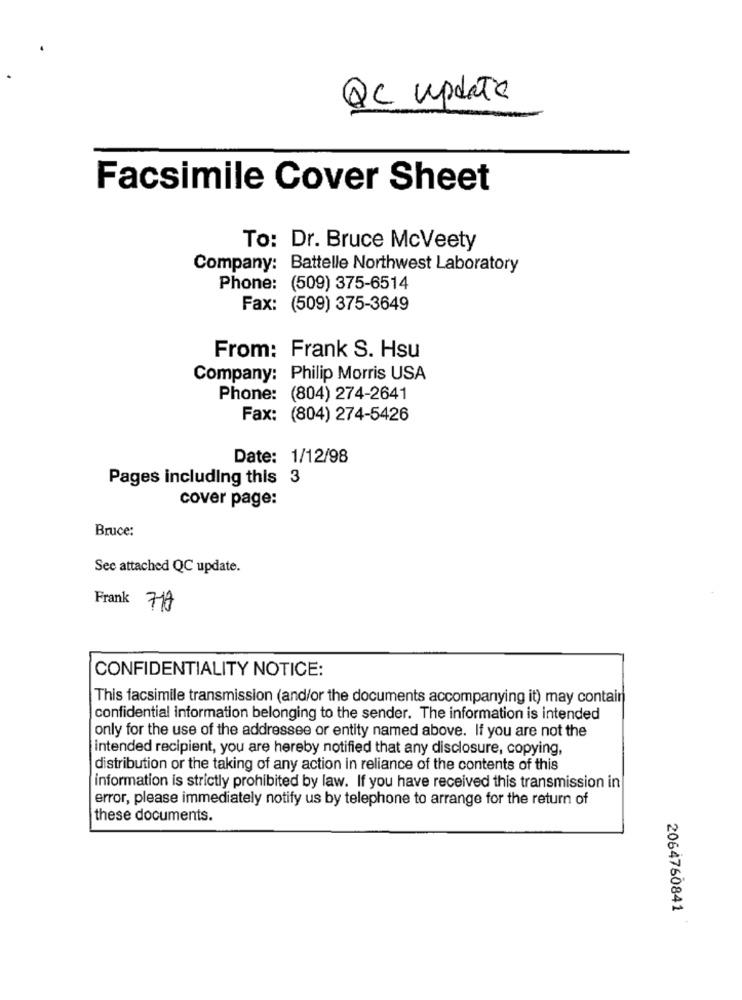
QC update
Facsimile Cover Sheet
To: Dr. Bruce McVeety
Company: Battelle Northwest Laboratory
Phone: (509) 375-6514
Fax: (509) 375-3649
From: Frank S. Hsu
Company: Philip Morris USA
Phone: (804) 274-2641
Fax: (804) 274-5426
Date: 1/12/98
Pages including this 3
cover page:
Bruce:
See attached QC update.
Frank 718
CONFIDENTIALITY NOTICE:
This facsimile transmission (and/or the documents accompanying it) may contain
confidential information belonging to the sender. The information is intended
only for the use of the addressee or entity named above. If you are not the
intended recipient, you are hereby notified that any disclosure, copying,
distribution or the taking of any action in reliance of the contents of this
information is strictly prohibited by law. If you have received this transmission in
error, please immediately notify us by telephone to arrange for the return of
these documents.
2064760841